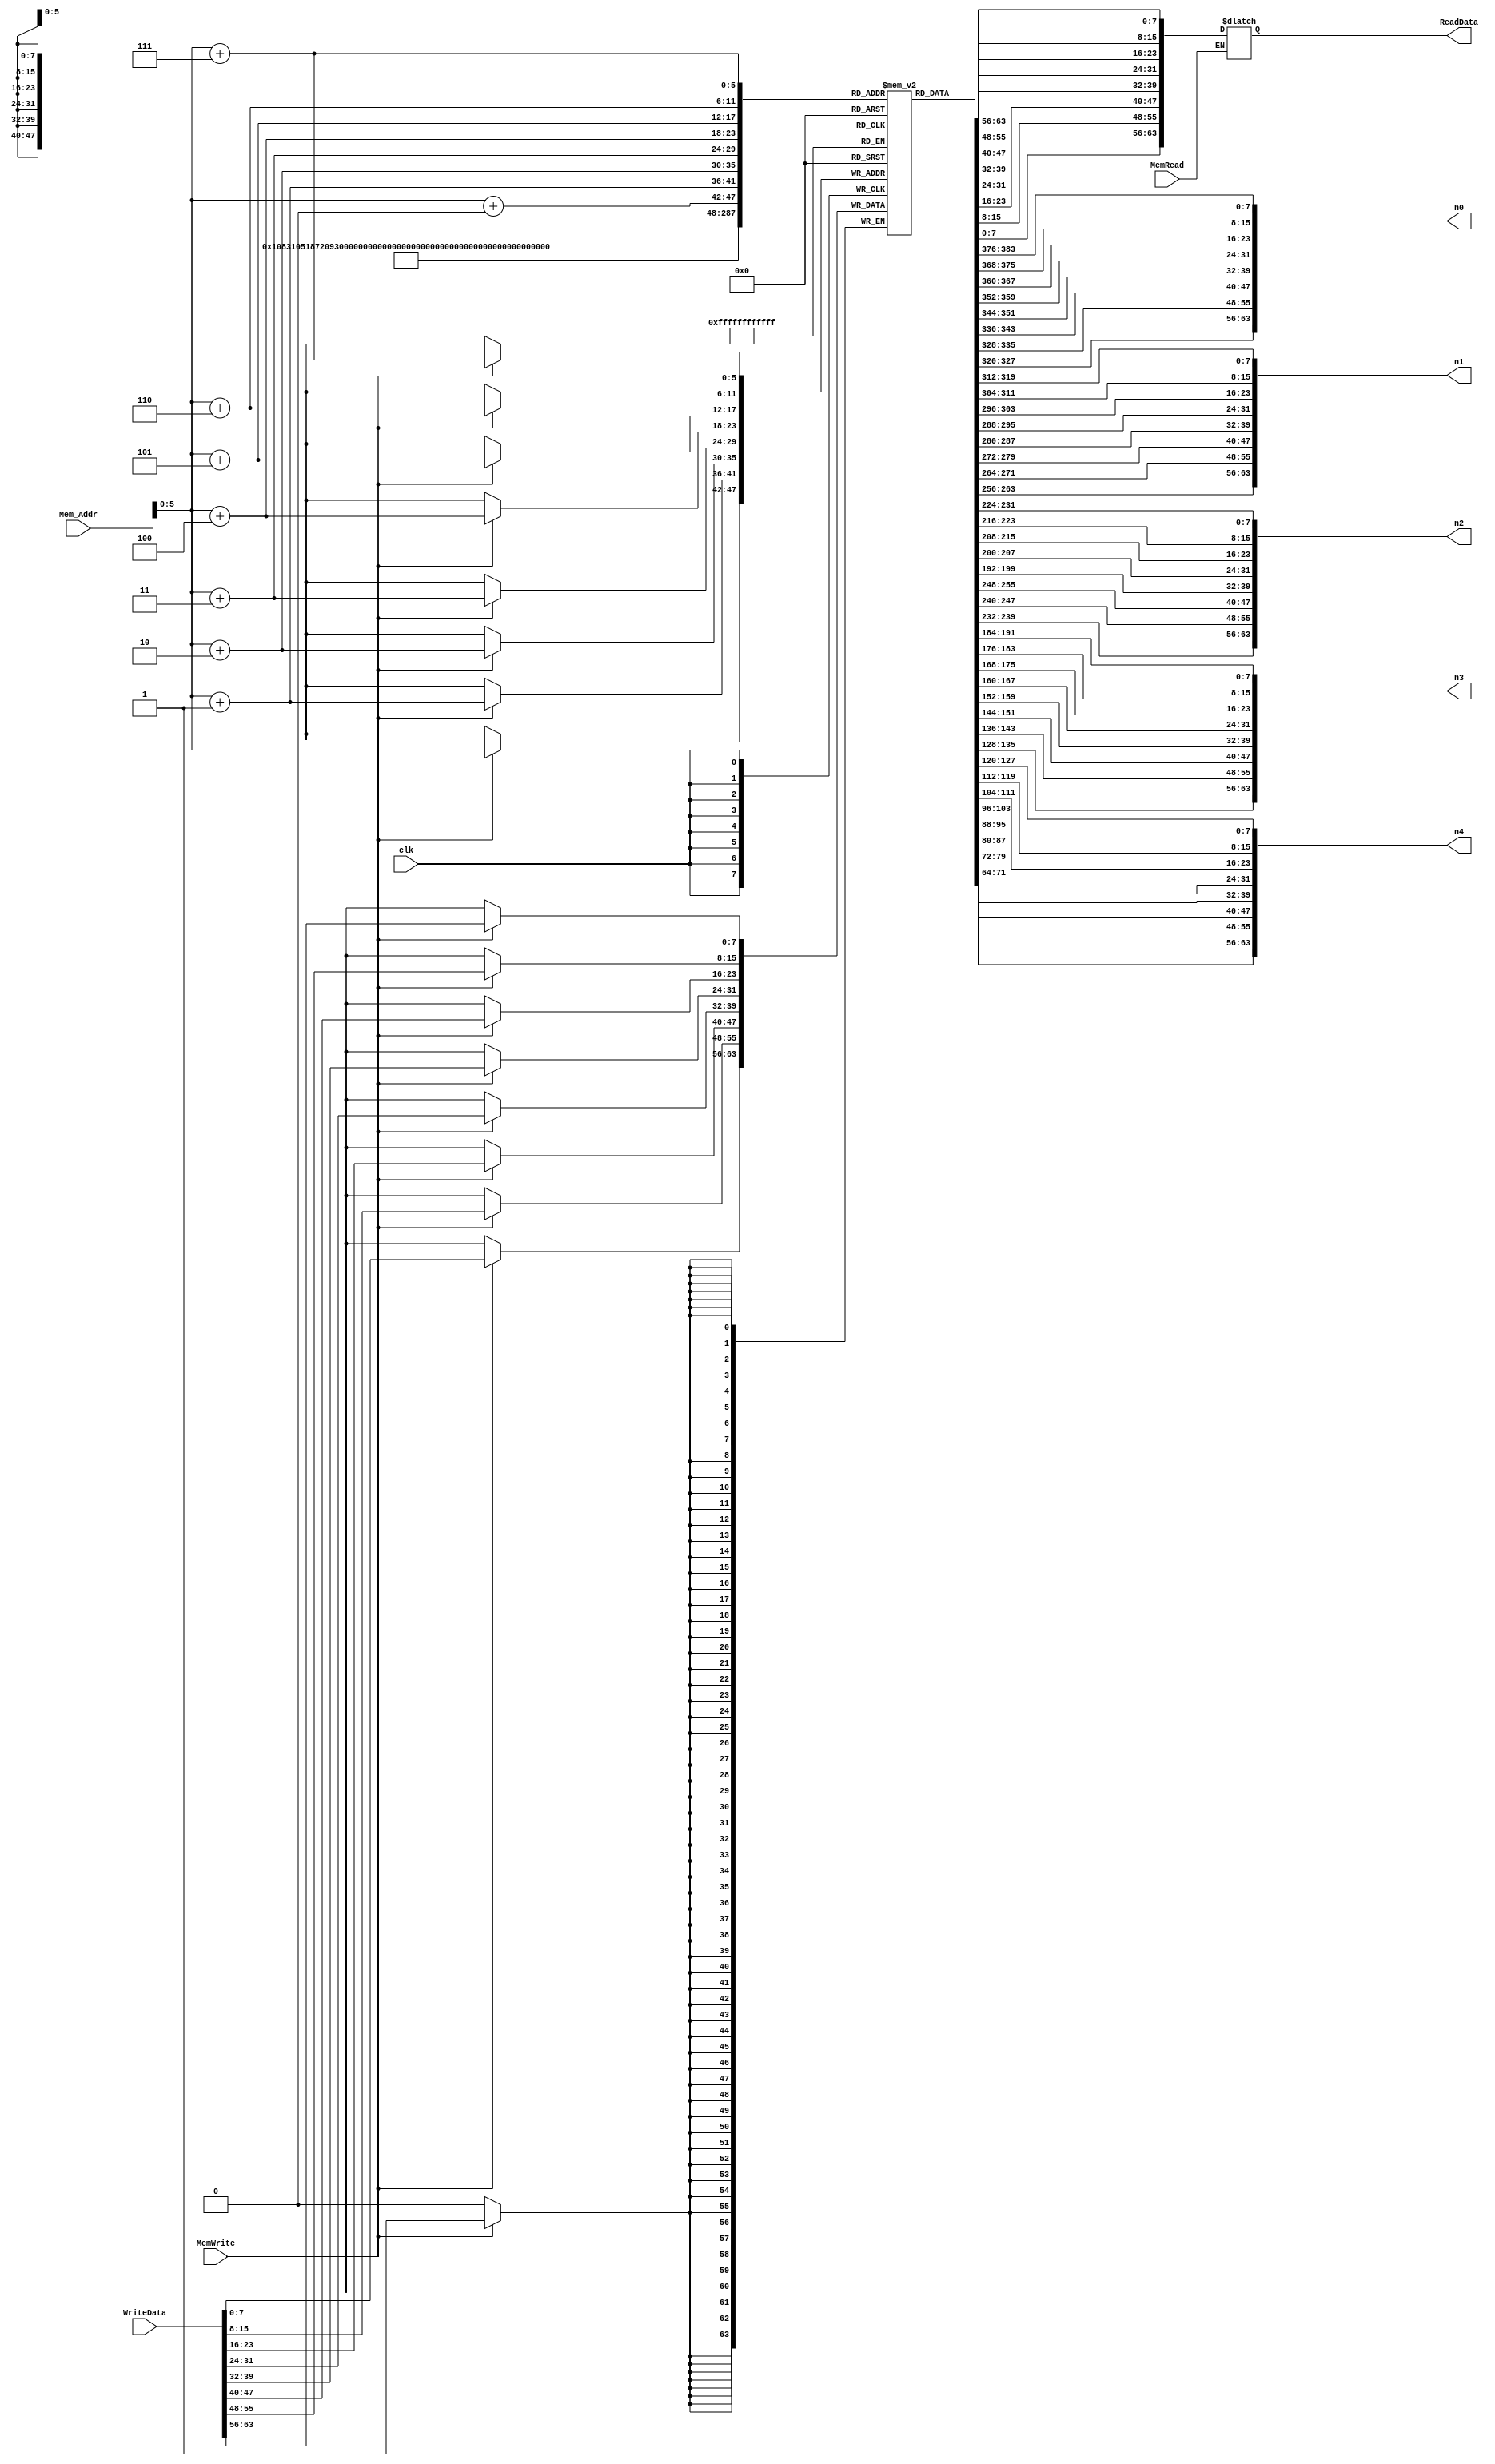
`timescale 1ns / 1ps

module Data_Memory(
input [63:0] Mem_Addr,
input [63:0] WriteData,
input clk,
input MemWrite,
input MemRead,
output reg [63:0] ReadData,
//
	output [63:0] n0,
    output [63:0] n1,
    output [63:0] n2,
    output [63:0] n3,
    output [63:0] n4
);
reg [7:0] Memory [63:0]; 

//initial
//begin
//Memory[0] <= 8'd1;
//Memory[1] <= 8'd2;
//Memory[2] <= 8'd3;
//Memory[3] <= 8'd4;
//Memory[4] <= 8'd5;
//Memory[5] <= 8'd6;
//Memory[6] <= 8'd7;
//Memory[7] <= 8'd8;
//Memory[8] <= 8'd9;
//Memory[9] <= 8'd10;
//Memory[10] <= 8'd11;
//Memory[11] <= 8'd12;
//Memory[12] <= 8'd13;
//Memory[13] <= 8'd14;
//Memory[14] <= 8'd15;
//Memory[15] <= 8'd16;
//Memory[16] <= 8'd17;
//Memory[17] <= 8'd18;
//Memory[18] <= 8'd19;
//Memory[19] <= 8'd20;
//Memory[20] <= 8'd21;
//Memory[21] <= 8'd22;
//Memory[22] <= 8'd23;
//Memory[23] <= 8'd24;
//Memory[24] <= 8'd25;
//Memory[25] <= 8'd26;
//Memory[26] <= 8'd27;
//Memory[27] <= 8'd28;
//Memory[28] <= 8'd29;
//Memory[29] <= 8'd30;
//Memory[30] <= 8'd31;
//Memory[31] <= 8'd32;
//Memory[32] <= 8'd33;
//Memory[33] <= 8'd34;
//Memory[34] <= 8'd35;
//Memory[35] <= 8'd36;
//Memory[36] <= 8'd37;
//Memory[37] <= 8'd38;
//Memory[38] <= 8'd39;
//Memory[39] <= 8'd40;
//Memory[40] <= 8'd41;
//Memory[41] <= 8'd42;
//Memory[42] <= 8'd43;
//Memory[43] <= 8'd44;
//Memory[44] <= 8'd45;
//Memory[45] <= 8'd46;
//Memory[46] <= 8'd47;
//Memory[47] <= 8'd48;
//Memory[48] <= 8'd49;
//Memory[49] <= 8'd50;
//Memory[50] <= 8'd51;
//Memory[51] <= 8'd52;
//Memory[52] <= 8'd53;
//Memory[53] <= 8'd54;
//Memory[54] <= 8'd55;
//Memory[55] <= 8'd56;
//Memory[56] <= 8'd57;
//Memory[57] <= 8'd58;
//Memory[58] <= 8'd59;
//Memory[59] <= 8'd60;
//Memory[60] <= 8'd61;
//Memory[61] <= 8'd62;
//Memory[62] <= 8'd63;
//Memory[63] <= 8'd64;
//end

integer k;
initial
begin
for (k = 0 ; k < 64 ; k = k + 1)
    Memory[k] = 0;
Memory[0] = 8'd5;
Memory[8] = 8'd4;
Memory[16] = 8'd3;
Memory[24] = 8'd2;
Memory[32] = 8'd1;
end 

// shows the entire Data Memory
assign n0 = {Memory[7],Memory[6],Memory[5],Memory[4],Memory[3],Memory[2],Memory[1],Memory[0]};
assign n1 = {Memory[15],Memory[14],Memory[13],Memory[12],Memory[11],Memory[10],Memory[9],Memory[8]};
assign n2 = {Memory[23],Memory[22],Memory[21],Memory[20],Memory[19],Memory[18],Memory[17],Memory[16]};
assign n3 = {Memory[31],Memory[30],Memory[29],Memory[28],Memory[27],Memory[26],Memory[25],Memory[24]};
assign n4 = {Memory[39],Memory[38],Memory[37],Memory[36],Memory[35],Memory[34],Memory[33],Memory[32]};

always@ (*)
 begin
 if (MemRead == 1'b1)
 
 begin
 ReadData[7:0] <= Memory[Mem_Addr+0];
 ReadData[15:8] <= Memory[Mem_Addr+1];
 ReadData[23:16] <= Memory[Mem_Addr+2];
 ReadData[31:24] <= Memory[Mem_Addr+3];
 ReadData[39:32] <= Memory[Mem_Addr+4];
 ReadData[47:40] <= Memory[Mem_Addr+5];
 ReadData[55:48] <= Memory[Mem_Addr+6];
 ReadData[63:56] <= Memory[Mem_Addr+7];

end
end
always@ (posedge clk)
//always@(*)
 begin
 if (MemWrite == 1'b1)
 begin
 Memory[Mem_Addr+7] <= WriteData[63:56];
 Memory[Mem_Addr+6] <= WriteData[55:48];
 Memory[Mem_Addr+5] <= WriteData[47:40];
 Memory[Mem_Addr+4] <= WriteData[39:32];
 Memory[Mem_Addr+3] <= WriteData[31:24];
 Memory[Mem_Addr+2] <= WriteData[23:16];
 Memory[Mem_Addr+1] <= WriteData[15:8];
 Memory[Mem_Addr] <= WriteData[7:0];
 end
 end
endmodule